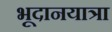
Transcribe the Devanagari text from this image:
भूदानयात्रा